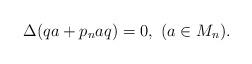
LaTeX: \begin{align*} \Delta (q a + p_n a q) =0, \ (a\in M_n). \end{align*}